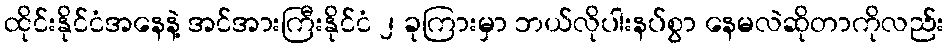
ထိုင်းနိုင်ငံအနေနဲ့ အင်အားကြီးနိုင်ငံ ၂ ခုကြားမှာ ဘယ်လိုပါးနပ်စွာ နေမလဲဆိုတာကိုလည်း